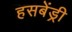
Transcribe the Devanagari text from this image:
हसबेंड्री